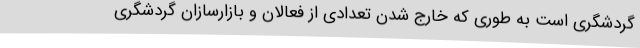
گردشگری است به طوری که خارج شدن تعدادی از فعالان و بازارسازان گردشگری